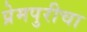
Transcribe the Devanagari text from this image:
प्रेमपुरीचा